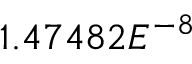
1 . 4 7 4 8 2 E ^ { - 8 }